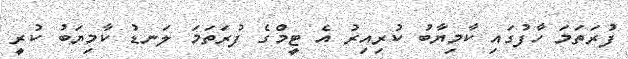
ފުރަތަމަ ހާފުގައި ކާމިޔާބު ކުރިއިރު އެ ޓީމްގެ ފުރަތަމަ ލަނޑު ކާމިޔަބު ކުރީ